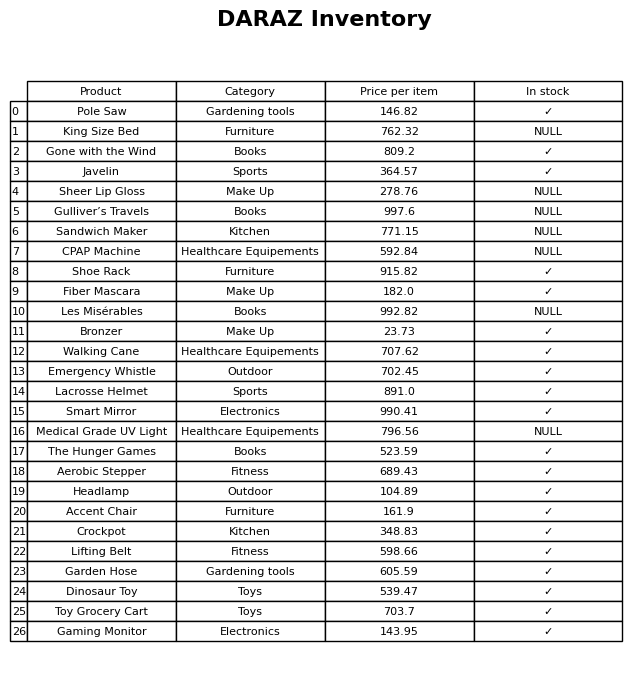
question: What is the price for Lifting Belt?
answer: The price of Lifting Belt is 598.66.